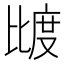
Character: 𰚌